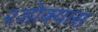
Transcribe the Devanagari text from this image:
२डोक्यास